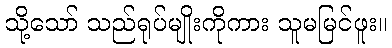
သို့သော် သည်ရုပ်မျိုးကိုကား သူမမြင်ဖူး။